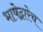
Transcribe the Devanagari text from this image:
भाषेद्वारेच